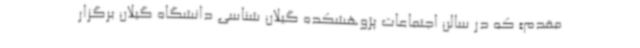
مقدم» که در سالن اجتماعات پژوهشکده گیلان شناسی دانشگاه گیلان برگزار